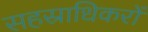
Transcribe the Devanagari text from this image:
सहस्राधिकरों